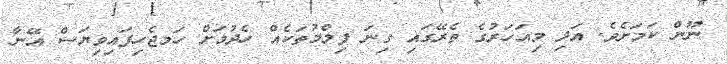
ނޫން ކަމަށެވެ. އަދި މިއަހަރުގެ ތެރޭގައި ގިނަ ފިލްމުތަކެއް ހެދުމަށް ހަމޖެހިފައިވިޔަސް އޭނާ